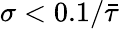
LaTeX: \sigma<0.1/\bar{\tau}